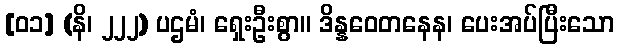
[၀၁] (နိ၊ ၂၂၂) ပဌမံ၊ ရှေးဦးစွာ။ ဒိန္နဝေတနေန၊ ပေးအပ်ပြီးသော